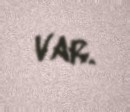
var.